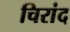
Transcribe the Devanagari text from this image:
चिरांद